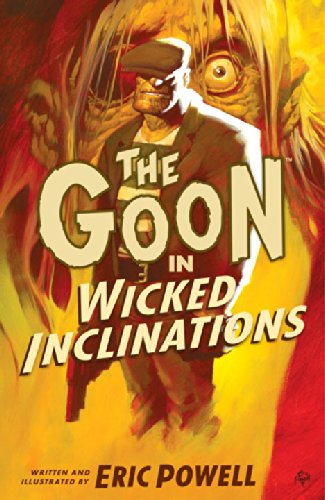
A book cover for The Goon: Volume 5: Wicked Inclinations (2nd edition) (Goon (Graphic Novels)); Eric Powell; Comics & Graphic Novels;